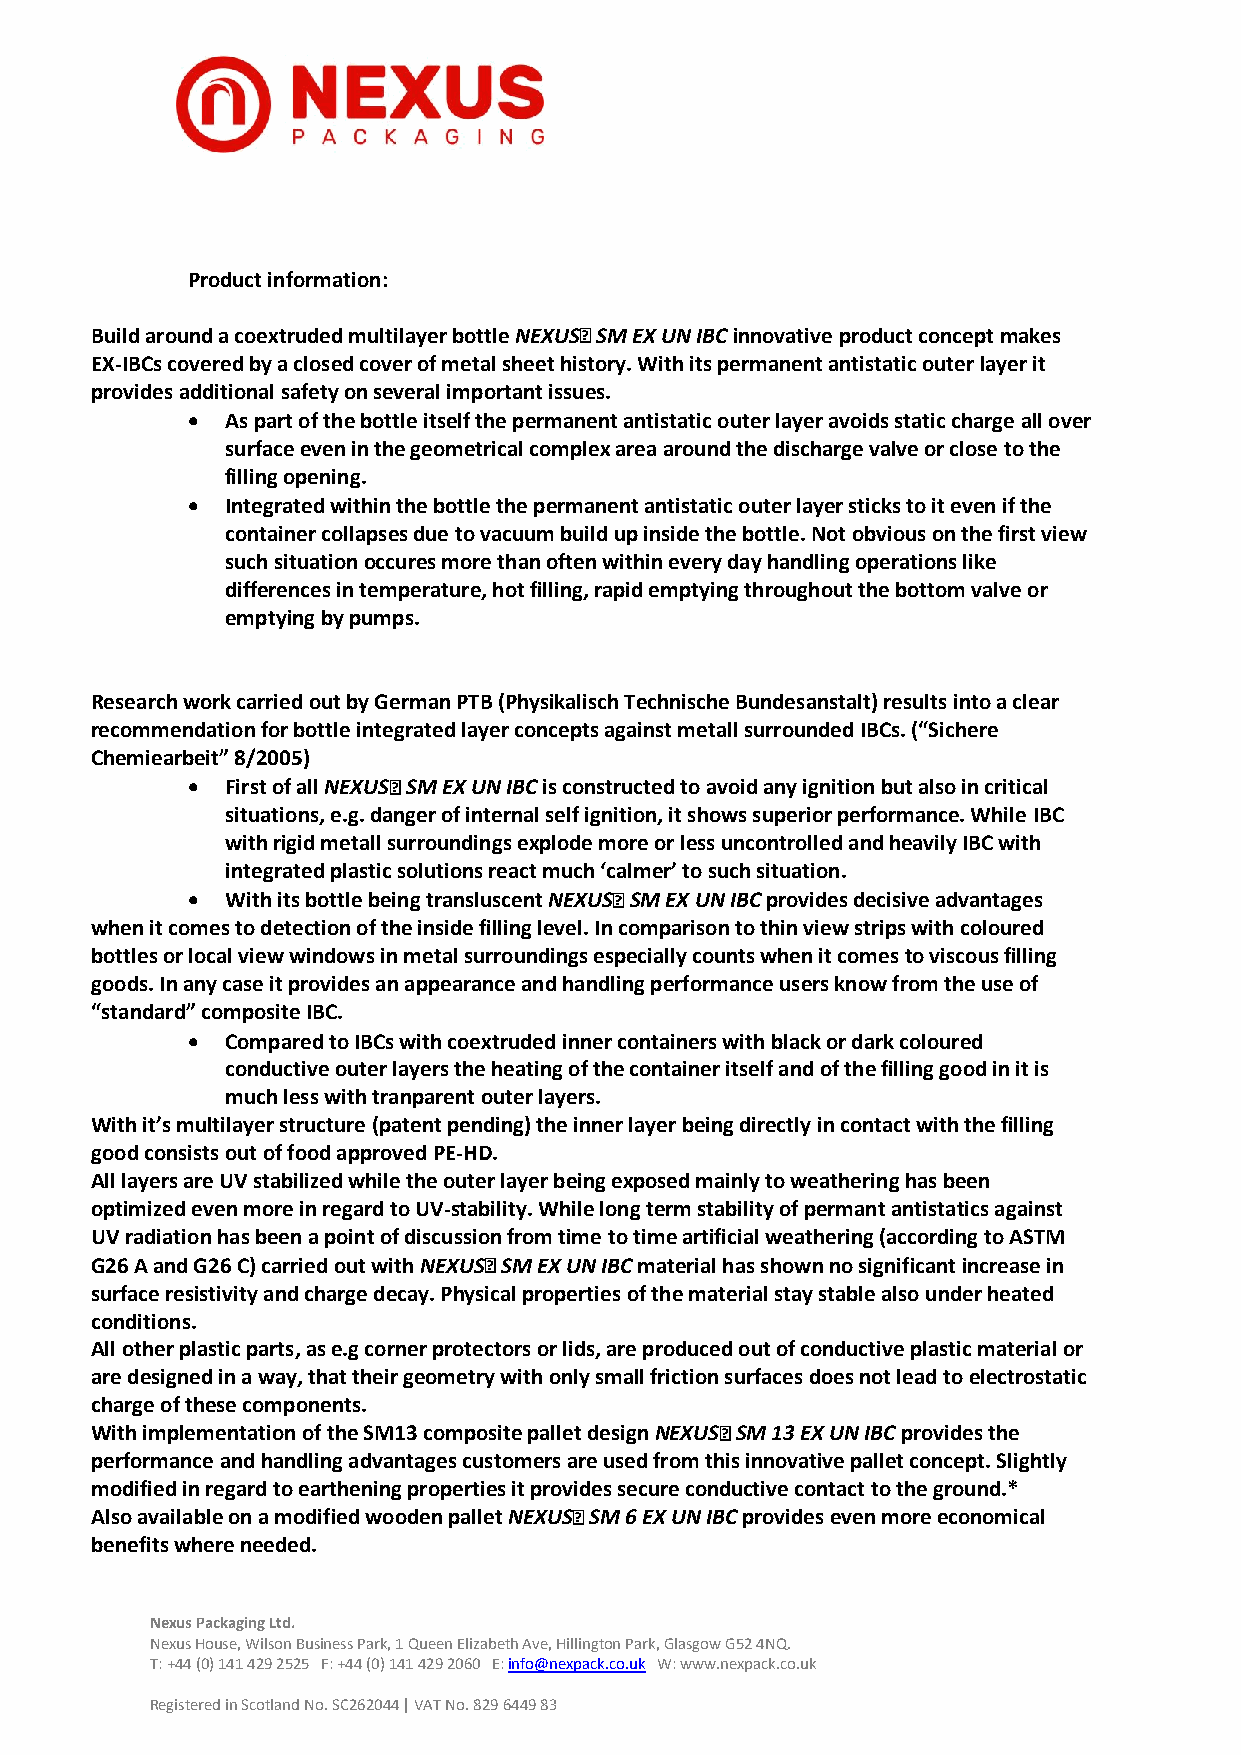
Product information:
 Build around a coextruded multilayer bottle NEXUS SM EX UN IBC innovative product concept makes
 EX-IBCs covered by a closed cover of metal sheet history. With its permanent antistatic outer layer it
 provides additional safety on several important issues.
   As part of the bottle itself the permanent antistatic outer layer avoids static charge all over
 surface even in the geometrical complex area around the discharge valve or close to the
 filling opening.
   Integrated within the bottle the permanent antistatic outer layer sticks to it even if the
 container collapses due to vacuum build up inside the bottle. Not obvious on the first view
 such situation occures more than often within every day handling operations like
 differences in temperature, hot filling, rapid emptying throughout the bottom valve or
 emptying by pumps.
 Research work carried out by German PTB (Physikalisch Technische Bundesanstalt) results into a clear
 recommendation for bottle integrated layer concepts against metall surrounded IBCs. (“Sichere
 Chemiearbeit” 8/2005)
   First of all NEXUS SM EX UN IBC is constructed to avoid any ignition but also in critical
 situations, e.g. danger of internal self ignition, it shows superior performance. While IBC
 with rigid metall surroundings explode more or less uncontrolled and heavily IBC with
 integrated plastic solutions react much ‘calmer’ to such situation.
   With its bottle being transluscent NEXUS SM EX UN IBC provides decisive advantages
 when it comes to detection of the inside filling level. In comparison to thin view strips with coloured
 bottles or local view windows in metal surroundings especially counts when it comes to viscous filling
 goods. In any case it provides an appearance and handling performance users know from the use of
 “standard” composite IBC.
   Compared to IBCs with coextruded inner containers with black or dark coloured
 conductive outer layers the heating of the container itself and of the filling good in it is
 much less with tranparent outer layers.
 With it’s multilayer structure (patent pending) the inner layer being directly in contact with the filling
 good consists out of food approved PE-HD.
 All layers are UV stabilized while the outer layer being exposed mainly to weathering has been
 optimized even more in regard to UV-stability. While long term stability of permant antistatics against
 UV radiation has been a point of discussion from time to time artificial weathering (according to ASTM
 G26 A and G26 C) carried out with NEXUS SM EX UN IBC material has shown no significant increase in
 surface resistivity and charge decay. Physical properties of the material stay stable also under heated
 conditions.
 All other plastic parts, as e.g corner protectors or lids, are produced out of conductive plastic material or
 are designed in a way, that their geometry with only small friction surfaces does not lead to electrostatic
 charge of these components.
 With implementation of the SM13 composite pallet design NEXUS SM 13 EX UN IBC provides the
 performance and handling advantages customers are used from this innovative pallet concept. Slightly
 modified in regard to earthening properties it provides secure conductive contact to the ground.*
 Also available on a modified wooden pallet NEXUS SM 6 EX UN IBC provides even more economical
 benefits where needed.
 Nexus Packaging Ltd.
 Nexus House, Wilson Business Park, 1 Queen Elizabeth Ave, Hillington Park, Glasgow G52 4NQ.
 T: +44 (0) 141 429 2525 F: +44 (0) 141 429 2060 E: info@nexpack.co.uk W: www.nexpack.co.uk
 Registered in Scotland No. SC262044 | VAT No. 829 6449 83